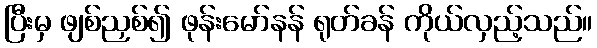
ပြီးမှ ဖျစ်ညှစ်၍ ဖုန်းမော်နန် ရုတ်ခန် ကိုယ်လှည့်သည်။